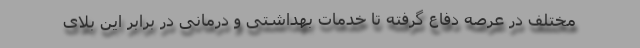
مختلف در عرصه دفاع گرفته تا خدمات بهداشتی و درمانی در برابر این بلای